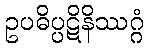
ဥပဓိပ္ပဋိနိဿဂ္ဂံ